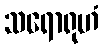
သရောရုဟံ